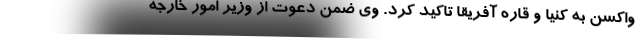
واکسن به کنیا و قاره آفریقا تاکید کرد. وی ضمن دعوت از وزیر امور خارجه